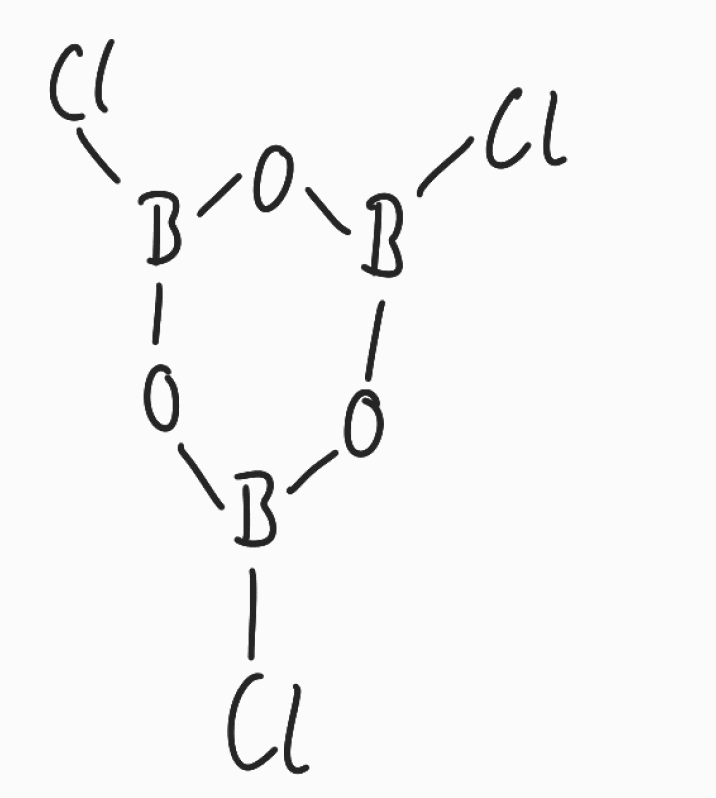
Simplified molecular-input line-entry system (SMILES) notation of the given molecule:
B1(OB(OB(O1)Cl)Cl)Cl